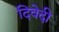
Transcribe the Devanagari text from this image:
दिवेदी